Proceedings of the meeting of veterinary officers in India
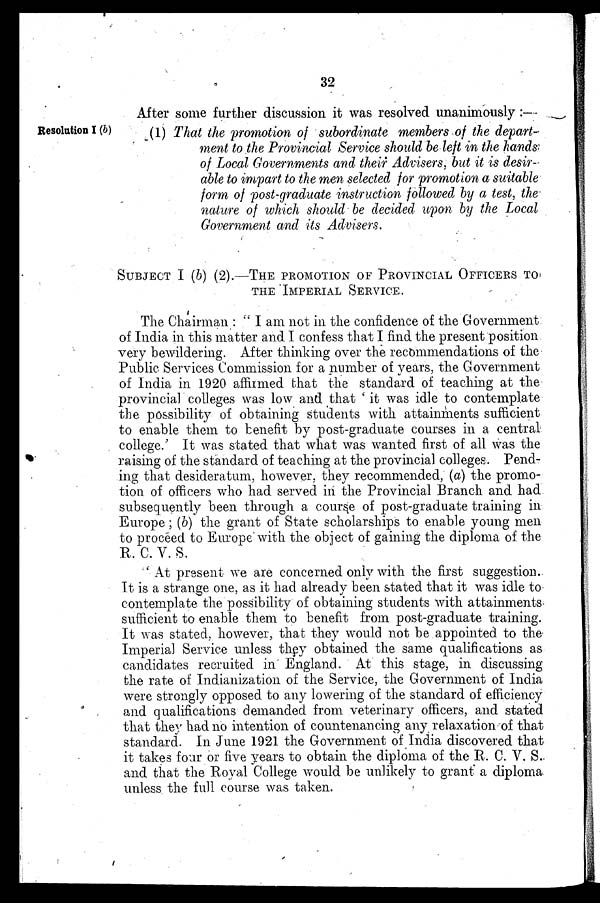
32
After some further discussion it was resolved unanimously:—
Resolution I (b)
(1) That the promotion of subordinate members of the depart-
ment to the Provincial Service should be left in the hands
of Local Governments and their Advisers, but it is desir-
able to impart to the men selected for promotion a suitable
form of post-graduate instruction followed by a test, the
nature of which should be decided upon by the Local
Government and its Advisers.
SUBJECT I (b) (2).-THE PROMOTION OF PROVINCIAL OFFICERS TO
THE IMPERIAL SERVICE.
The Chairman: "I am not in the confidence of the Government
of India in this matter and I confess that I find the present position
very bewildering. After thinking over the recommendations of the
Public Services Commission for a number of years, the Government
of India in 1920 affirmed that the standard of teaching at the
provincial colleges was low and that 'it was idle to contemplate
the possibility of obtaining students with attainments sufficient
to enable them to benefit by post-graduate courses in a central
college.' It was stated that what was wanted first of all was the
raising of the standard of teaching at the provincial colleges. Pend-
ing that desideratum, however, they recommended, (a) the promo-
tion of officers who had served in the Provincial Branch and had
subsequently been through a course of post-graduate training in
Europe; (b) the grant of State scholarships to enable young men
to proceed to Europe with the object of gaining the diploma of the
R. C. V. S.
'At present we are concerned only with the first suggestion.
It is a strange one, as it had already been stated that it was idle to
contemplate the possibility of obtaining students with attainments
sufficient to enable them to benefit from post-graduate training.
It was stated, however, that they would not be appointed to the
Imperial Service unless they obtained the same qualifications as
candidates recruited in England. At this stage, in discussing
the rate of Indianization of the Service, the Government of India
were strongly opposed to any lowering of the standard of efficiency
and qualifications demanded from veterinary officers, and stated
that they had no intention of countenancing any relaxation of that
standard. In June 1921 the Government of India discovered that
it takes four or five years to obtain the diploma of the R. C. V. S.
and that the Royal College would be unlikely to grant a diploma
unless the full course was taken.